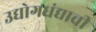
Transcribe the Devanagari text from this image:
उद्योगधंद्याची